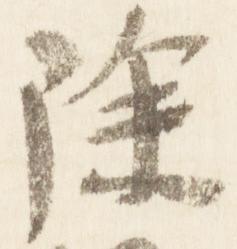
除